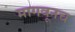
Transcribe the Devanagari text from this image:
मागवूनच